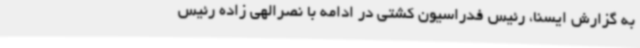
به گزارش ایسنا، رئیس فدراسیون کشتی در ادامه با نصرالهی زاده رئیس